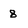
Character: 8